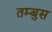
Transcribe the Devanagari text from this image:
तम्बुस